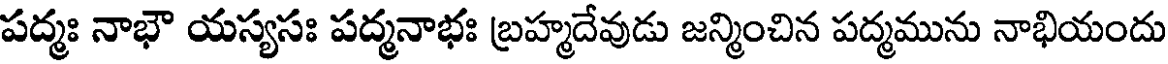
పద్మః నాభౌ యస్యసః పద్మనాభః బ్రహ్మదేవుడు జన్మించిన పద్మమును నాభియందు